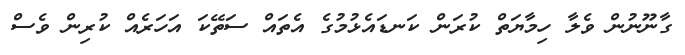
ގާނޫނުން ވެލާ ހިމާޔަތް ކުރަން ކަނޑައެޅުމުގެ އެތައް ސަތޭކަ އަހަރެއް ކުރިން ވެސް